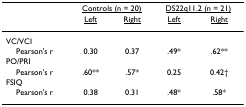
<table><thead><tr><td></td><td colspan="2"><b><underline>Controls (n = 20)</underline></b></td><td colspan="2"><b><underline>DS22q11.2 (n = 21)</underline></b></td></tr><tr><td></td><td><b><underline>Left</underline></b></td><td><b><underline>Right</underline></b></td><td><b><underline>Left</underline></b></td><td><b><underline>Right</underline></b></td></tr></thead><tbody><tr><td>VC/VCI</td><td></td><td></td><td></td><td></td></tr><tr><td> Pearson&#x27;s r</td><td>0.30</td><td>0.37</td><td>.49*</td><td>.62**</td></tr><tr><td>PO/PRI</td><td></td><td></td><td></td><td></td></tr><tr><td> Pearson&#x27;s r</td><td>.60**</td><td>.57*</td><td>0.25</td><td>0.42†</td></tr><tr><td>FSIQ</td><td></td><td></td><td></td><td></td></tr><tr><td> Pearson&#x27;s r</td><td>0.38</td><td>0.31</td><td>.48*</td><td>.58*</td></tr></tbody></table>